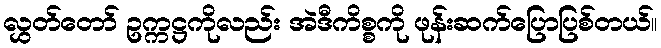
လွှတ်တော် ဥက္ကဋ္ဌကိုလည်း အဲဒီကိစ္စကို ဖုန်းဆက်ပြောပြစ်တယ်။